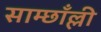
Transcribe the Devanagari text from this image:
साम्छाँल्ली